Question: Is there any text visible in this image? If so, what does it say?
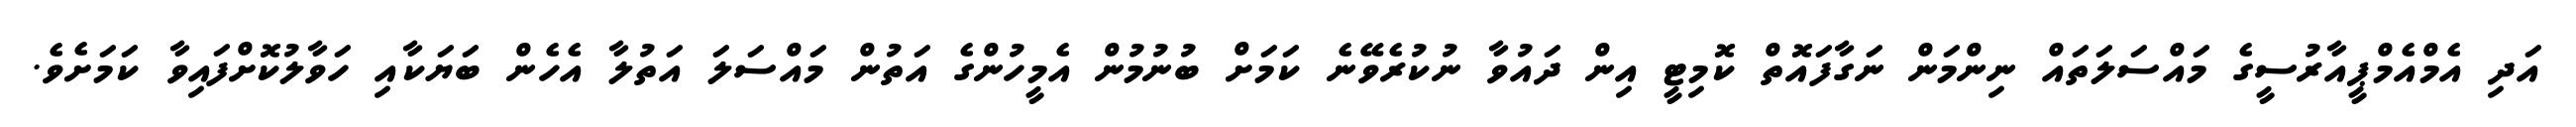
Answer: އަދި އެމްއެމްޕީއާރުސީގެ މައްސަލަތައް ނިންމަން ނަގާފައޮތް ކޮމިޓީ އިން ދައުވާ ނުކުރެވޭނެ ކަމަށް ބުނުމުން އެމީހުންގެ އަތުން މައްސަލަ އަތުލާ އެހެން ބަޔަކާއި ހަވާލުކޮށްފައިވާ ކަމަށެވެ.